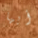
أيها